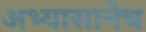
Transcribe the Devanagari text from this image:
अभ्यासानेच